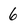
Character: 6